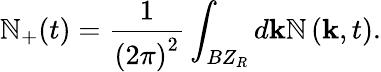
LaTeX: \mathbb{N}_{+}(t)=\frac{{1}}{{\left(2\pi\right)^{2}}}\int_{BZ_{R}}d\mathbf{{k}}\mathcal{{\mathbb{N}}}\left(\mathbf{{k}},t\right).